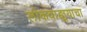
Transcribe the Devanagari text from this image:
लोकवाङ्मयाचा